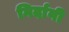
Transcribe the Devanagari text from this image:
गिर्दानी